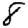
Digit: 8